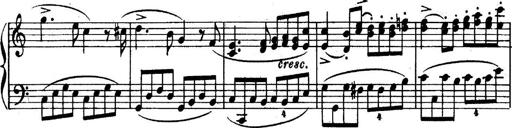
Title: 6 Piano Sonatinas
Composer: Cornelius Gurlitt